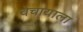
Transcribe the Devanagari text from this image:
वेचायाला